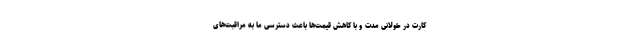
کارت در طولانی مدت و با کاهش قیمت‌ها باعث دسترسی ما به مراقبت‌های